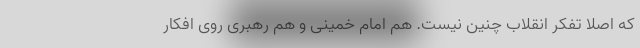
که اصلا تفکر انقلاب چنین نیست. هم امام خمینی و هم رهبری روی افکار